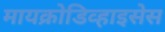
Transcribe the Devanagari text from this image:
मायक्रोडिव्हाइसेस